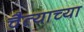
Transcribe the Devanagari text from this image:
चैत्याच्या